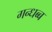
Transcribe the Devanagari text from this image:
गन्धब्ब